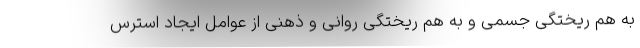
به هم ریختگی جسمی و به هم ریختگی روانی و ذهنی از عوامل ایجاد استرس